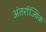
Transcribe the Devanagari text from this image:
अंतर्राज्यिक